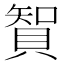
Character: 䝷